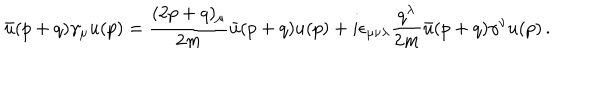
\bar { u } ( p + q ) \gamma _ { \mu } u ( p ) = \frac { ( 2 p + q ) _ { \mu } } { 2 m } \bar { u } ( p + q ) u ( p ) + i \epsilon _ { \mu \nu \lambda } \frac { q ^ { \lambda } } { 2 m } \bar { u } ( p + q ) \gamma ^ { \nu } u ( p ) \, .